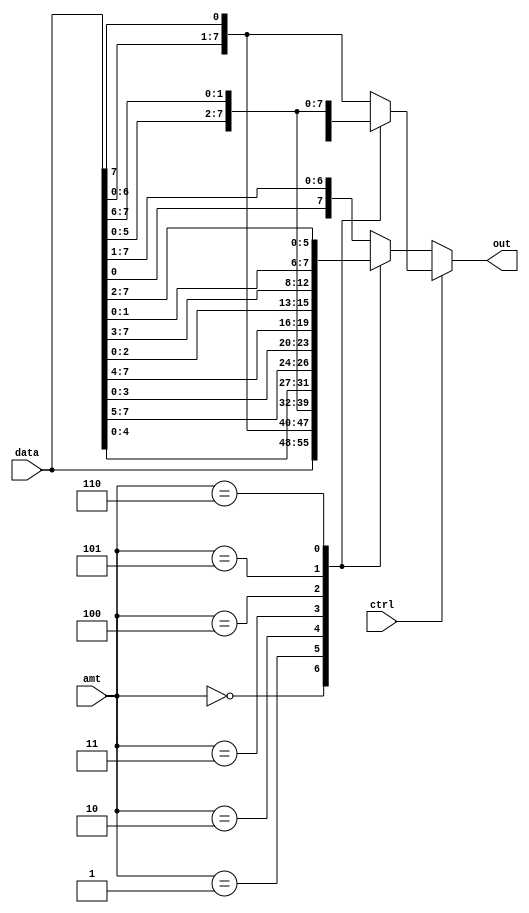
module barrel_shifter_multi(input [7:0] data,input [2:0] amt,input ctrl,output reg [7:0] out);
always @(*) begin
    if(ctrl) begin
        case (amt)
            3'd0: out = data;
            3'd1: out = {data[0], data[7:1]};
            3'd2: out = {data[1:0], data[7:2]};
            3'd3: out = {data[2:0], data[7:3]};
            3'd4: out = {data[3:0], data[7:4]};
            3'd5: out = {data[4:0], data[7:5]};
            3'd6: out = {data[5:0], data[7:6]};
            default  out = {data[6:0], data[7]};
            endcase
            end
       else begin
        case (amt)
            3'd0: out = data;
            3'd1: out = {data[6:0], data[7]};
            3'd2: out = {data[5:0], data[7:6]};
            3'd3: out = {data[4:0], data[7:5]};
            3'd4: out = {data[3:0], data[7:4]};
            3'd5: out = {data[2:0], data[7:3]};
            3'd6: out = {data[1:0], data[7:2]};
            default  out = {data[0], data[7:1]};
        endcase
    end 
    end
    endmodule